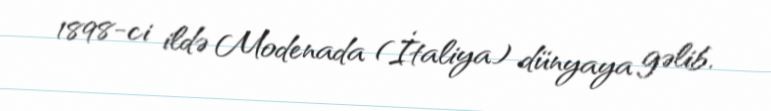
1898-ci ildə Modenada (İtaliya) dünyaya gəlib.